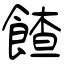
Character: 餷